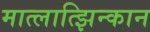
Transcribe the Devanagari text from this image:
मात्लात्झिन्कान